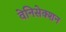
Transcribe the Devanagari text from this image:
वेनिसेक्शन